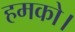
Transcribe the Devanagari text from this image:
हमको।